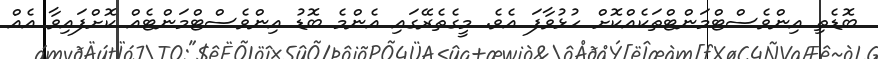
ބޮޑެތި އިންވެސްޓްމަންޓްތަކެއްކޮށް ހުޅުވާފަ އެވެ. މީގެތެރޭގައި އެންމެ ބޮޑު އިންވެސްޓްމަންޓެއް ކޮށްފައިވާ އެއް